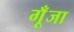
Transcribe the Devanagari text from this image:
गूँजा